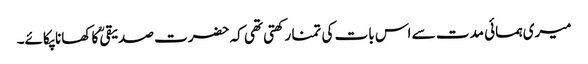
میری ہمسائی مدت سے اس بات کی تمنا رکھتی تھی کہ حضرت صدیقیؒ کا کھانا پکائے۔